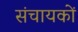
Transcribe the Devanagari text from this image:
संचायकों